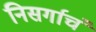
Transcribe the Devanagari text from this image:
निसर्गाचं